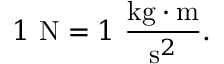
1 \ { \mathrm { N } } = 1 \ { \frac { { \mathrm { k g } } \cdot { \mathrm { m } } } { { \mathrm { s } } ^ { 2 } } } .